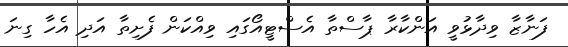
ފަނާޒާ ވިދާޅުވީ އަންކާރާ ޕާސްތާ އެސްޓީއޯގައި ވިއްކަން ފެށިތާ އަދި އެހާ ގިނަ